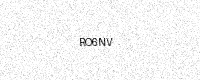
Text: RO6NV